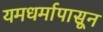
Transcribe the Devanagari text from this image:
यमधर्मापासून